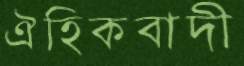
ঐহিকবাদী